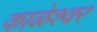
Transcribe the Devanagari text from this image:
काळेश्वर